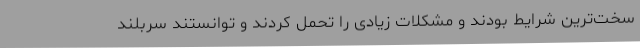
سخت‌ترین شرایط بودند و مشکلات زیادی را تحمل کردند و توانستند سربلند